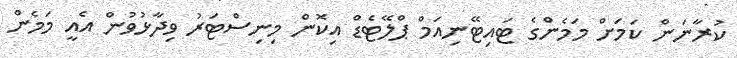
ކުރާނަން ކަމަށް މަމެންގެ ޓައިޓޭނިއަމް ޕްލޭޓެޑް އިކޮން މިނިސްޓަރު ވިދާޅުވުން އެއީ މަމެން